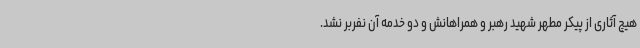
هیچ آثاری از پیکر مطهر شهید رهبر و همراهانش و دو خدمه آن نفربر نشد.